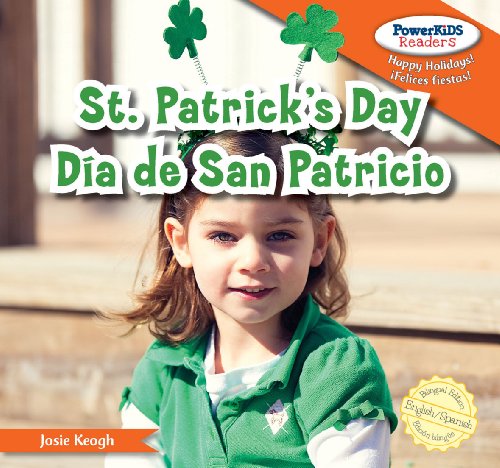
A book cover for St. Patrick's Day / Dia de san patricio (Powerkids Readers: Happy Holidays! / !Felices Fiestas!); Josie Keogh; Children's Books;